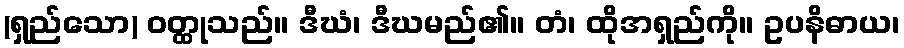
(ရှည်သော) ဝတ္ထုသည်။ ဒီဃံ၊ ဒီဃမည်၏။ တံ၊ ထိုအရှည်ကို။ ဥပနိဓာယ၊